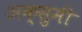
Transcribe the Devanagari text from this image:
अक्सुमी